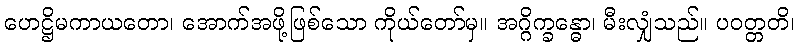
ဟေဋ္ဌိမကာယတော၊ အောက်အဖို့ဖြစ်သော ကိုယ်တော်မှ။ အဂ္ဂိက္ခန္ဓော၊ မီးလျှံသည်။ ပဝတ္တတိ၊